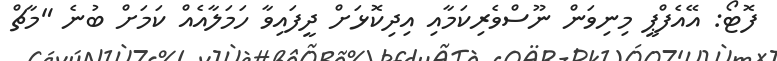
ފޮޓޯ: އޭއެފްޕީ މިނިވަން ނޫސްވެރިކަމާއި އިދިކޮޅަށް ދީފައިވާ ހަމަލާއެއް ކަމަށް ބުނެ "މާޗް